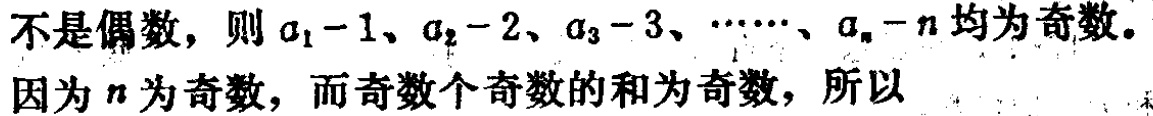
不是偶数，则\(a_{1}-1、a_{2}-2、a_{3}-3、\cdots、a_{n}-n\)均为奇数。因为\(n\)为奇数，而奇数个奇数的和为奇数，所以